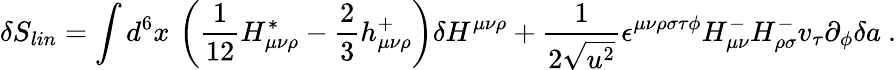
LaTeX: \delta S_{lin}=\int d^{6}x\, \left(\frac 1{12}H_{\mu\nu\rho}^{*}-\frac 23h_{\mu\nu\rho}^{+}\right)\delta H^{\mu\nu\rho}+\frac 1{2\sqrt{u^{2}}}\epsilon^{\mu\nu\rho\sigma\tau\phi}H_{\mu\nu}^{-}H_{\rho\sigma}^{-}v_{\tau}\partial_{\phi}\delta a\ .